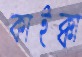
কাইক্কা